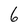
Character: 6